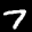
Label: 7